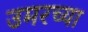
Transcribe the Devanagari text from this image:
उमरच्या